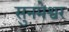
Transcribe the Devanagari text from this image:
सुनमेश्वर